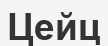
Цейц